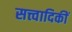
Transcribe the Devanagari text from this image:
सत्त्वादिकीं